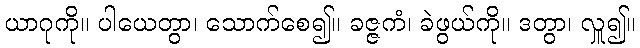
ယာဂုကို။ ပါယေတွာ၊ သောက်စေ၍။ ခဇ္ဇကံ၊ ခဲဖွယ်ကို။ ဒတွာ၊ လှူ၍။